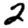
Digit: 2